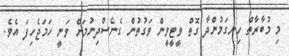
މި މުބާރާތް ހިނގަމުންދާ ގޮތް ވީޓީވީން ވަގުތުން ގެނެސްދިނުމަށް ވަނީ ހަމަޖެހިފަ އެވެ.